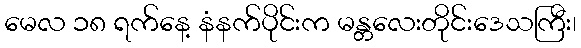
မေလ ၁၈ ရက်နေ့ နံနက်ပိုင်းက မန္တလေးတိုင်းဒေသကြီး၊